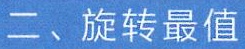
二、旋转最值